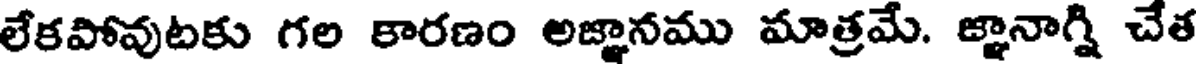
లేకపోవుటకు గల కారణం అజ్ఞానము మాత్రమే. జ్ఞానాగ్ని చేత